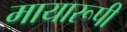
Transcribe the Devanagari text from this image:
मायारूपी